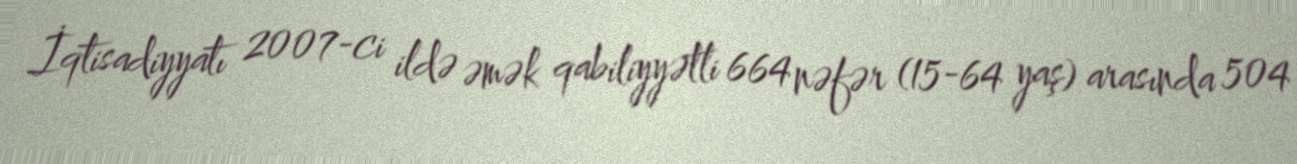
İqtisadiyyatı 2007-ci ildə əmək qabiliyyətli 664 nəfər (15-64 yaş) arasında 504